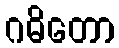
ဂဓိတော